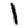
Digit: 1